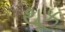
થૂક